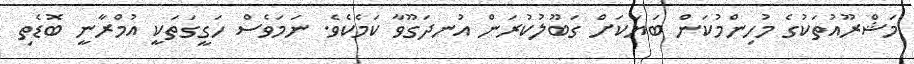
މަޝްރޫއުތަކުގެ މުހިންމުކަން ބަޔަކަށް ގަބޫލުކުރަން އުނދަގޫވާ ކަމެކެވެ. ނަމަވެސް ހަގީގަތަކީ އުމްރާނީ ބޮޑެތި